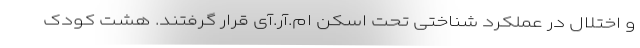
و اختلال در عملکرد شناختی تحت اسکن ام.آر.آی قرار گرفتند. هشت کودک